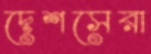
দেশসেরা